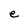
Character: e